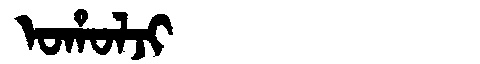
Manchu: ᠣᡥᠣᠯᠵᡳ
Romanization: OHOLJI